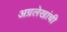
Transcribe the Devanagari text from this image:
अग्रलेखांची